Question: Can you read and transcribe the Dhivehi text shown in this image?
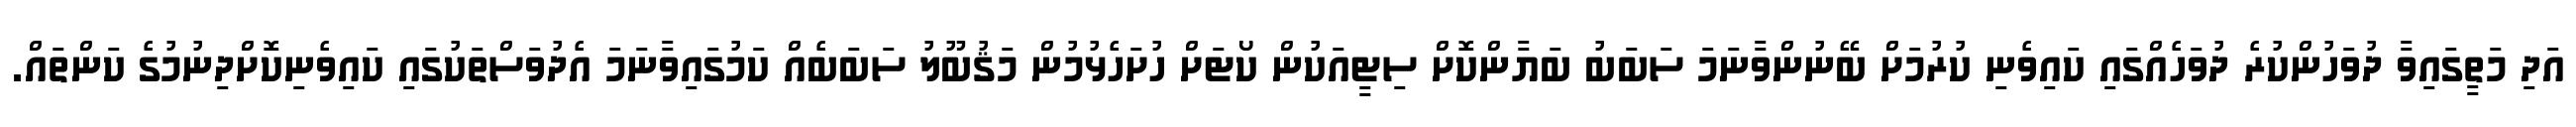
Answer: އަދި މަތީގައިވާ ދުވަހުންކުރެ ދުވަހެއްގައި ކައިވެނި ކުރުމަށް ބޭނުންވާނަމަ ސަބަބު ބަޔާންކޮށް ސިޓީއަކުން ކޯޓަށް ހުށަހެޅުމުން މަޤުބޫލު ސަބަބެއް ކަމުގައިވާނަމަ އެދުވަސްތަކުގައި ކައިވެނިކޮށްދިނުމުގެ ކަންތައް.